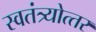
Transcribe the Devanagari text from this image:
स्वतंत्र्योत्‍तर